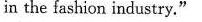
in the fashion industry."